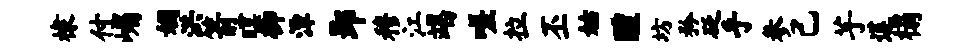
棣付嵋姻洪箭暝柳潭郢穆江竭嗟拉丕姑醴坊矜砭手参己芋莲榻